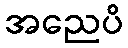
အညေပိ